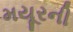
મયૂરની